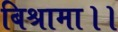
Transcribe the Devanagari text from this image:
बिश्रामा।।